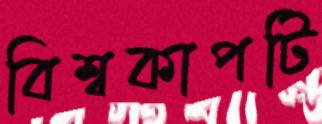
বিশ্বকাপটি